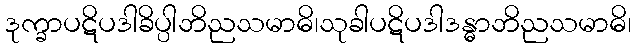
ဒုက္ခာပဋိပဒါခိပ္ပါဘိညသမာဓိ၊သုခါပဋိပဒါဒန္ဓာဘိညသမာဓိ၊